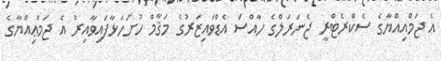
އެ ޖަމްއިއްޔާގެ ސެކްރެޓްރީ ޖެނަރަލްގެ ހާއްސަ އެޑްވައިޒަރުގެ މަޤާމް ހުށަހަޅާފައިވާއިރު އެ ޖަމްޢިއްޔާގެ